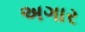
અગાર